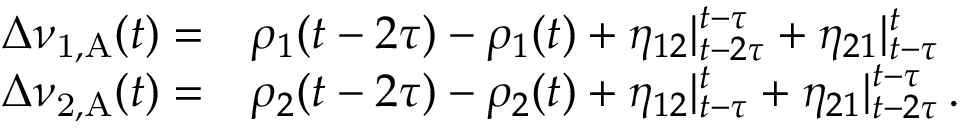
\begin{array} { r l } { \Delta \nu _ { \mathrm { 1 , A } } ( t ) = } & { \rho _ { 1 } ( t - 2 \tau ) - \rho _ { 1 } ( t ) + \eta _ { 1 2 } | _ { t - 2 \tau } ^ { t - \tau } + \eta _ { 2 1 } | _ { t - \tau } ^ { t } } \\ { \Delta \nu _ { \mathrm { 2 , A } } ( t ) = } & { \rho _ { 2 } ( t - 2 \tau ) - \rho _ { 2 } ( t ) + \eta _ { 1 2 } | _ { t - \tau } ^ { t } + \eta _ { 2 1 } | _ { t - 2 \tau } ^ { t - \tau } \, . } \end{array}